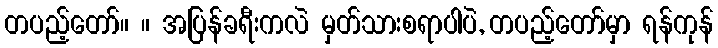
တပည့်တော်။ ။ အပြန်ခရီးကလဲ မှတ်သားစရာပါပဲ, တပည့်တော်မှာ ရန်ကုန်